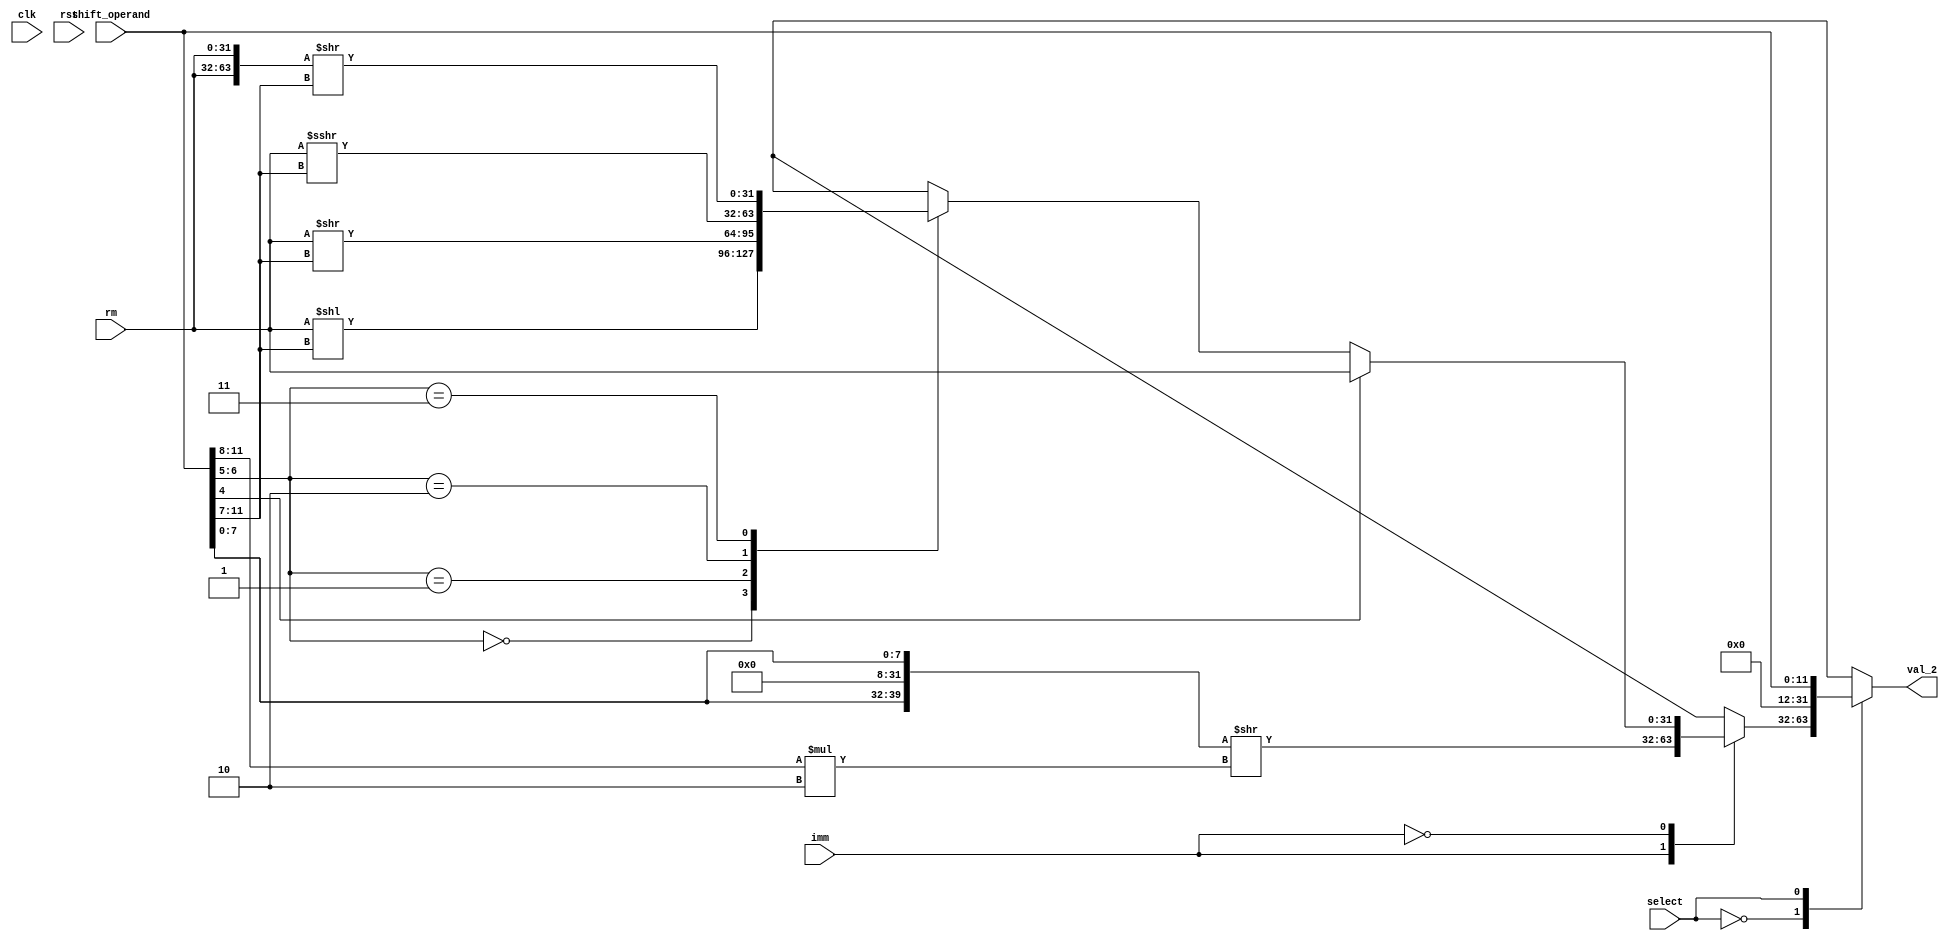
module Val2Generator(input clk, rst, input [31:0]rm, input [11:0]shift_operand, input imm, select, output reg [31:0]val_2);
  
  wire [1:0] shift;
  wire [4:0] shift_imm;
  wire [3:0] rotate_imm;
  wire [7:0] eight_immed;
  
  assign shift = shift_operand[6:5];
  assign shift_imm = shift_operand[11:7];
  assign eight_immed = shift_operand[7:0];
  assign rotate_imm = shift_operand[11:8];
  
  always @ (select, rm, imm, shift_operand) begin
    val_2 = 32'b00000000000000000000000000000000;
    case (select)
      1'b0: begin
        case (imm)
          1'b1: begin val_2 = {{eight_immed}, {{24{1'b0}}, {eight_immed}}} >> (rotate_imm * 2); end
          1'b0: begin
            if (shift_operand[4] == 1'b0) begin
              case (shift)
                2'b00: begin val_2 = rm << shift_imm; end
                2'b01: begin val_2 = rm >> shift_imm; end
                2'b10: begin val_2 = rm >>> shift_imm; end
                2'b11: begin val_2 = {{rm}, {rm}} >> shift_imm; end
              endcase
            end else begin val_2 = rm; end
          end
        endcase
      end
      1'b1: begin val_2 = {{20'b00000000000000000000}, {shift_operand}}; end
    endcase
  end

endmodule